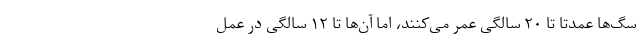
سگ‌ها عمدتا تا ۲۰ سالگی عمر می‌کنند، اما آن‌ها تا ۱۲ سالگی در عمل